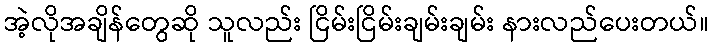
အဲ့လိုအချိန်တွေဆို သူလည်း ငြိမ်းငြိမ်းချမ်းချမ်း နားလည်ပေးတယ်။